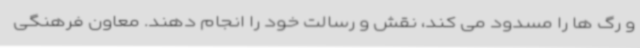
و رگ ها را مسدود می کند، نقش و رسالت خود را انجام دهند. معاون فرهنگی